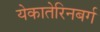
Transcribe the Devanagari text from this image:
येकातेरिनबर्ग